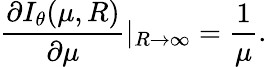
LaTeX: \frac{\partial I_{\theta}(\mu,R)}{\partial\mu}|_{R\rightarrow\infty}=\frac{1}{\mu}.